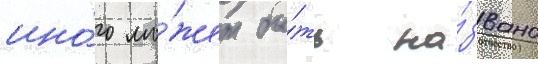
ино́го мо́жет бы́ть на́звано